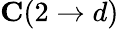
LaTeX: \mathbf{C}(2\to d)